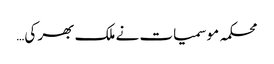
محکمہ موسمیات نے ملک بھر کی…